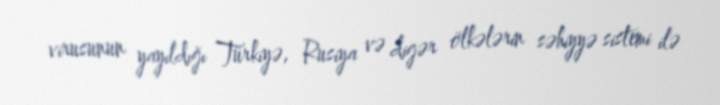
virusunun yayıldığı Türkiyə, Rusiya və digər ölkələrin səhiyyə sistemi ilə